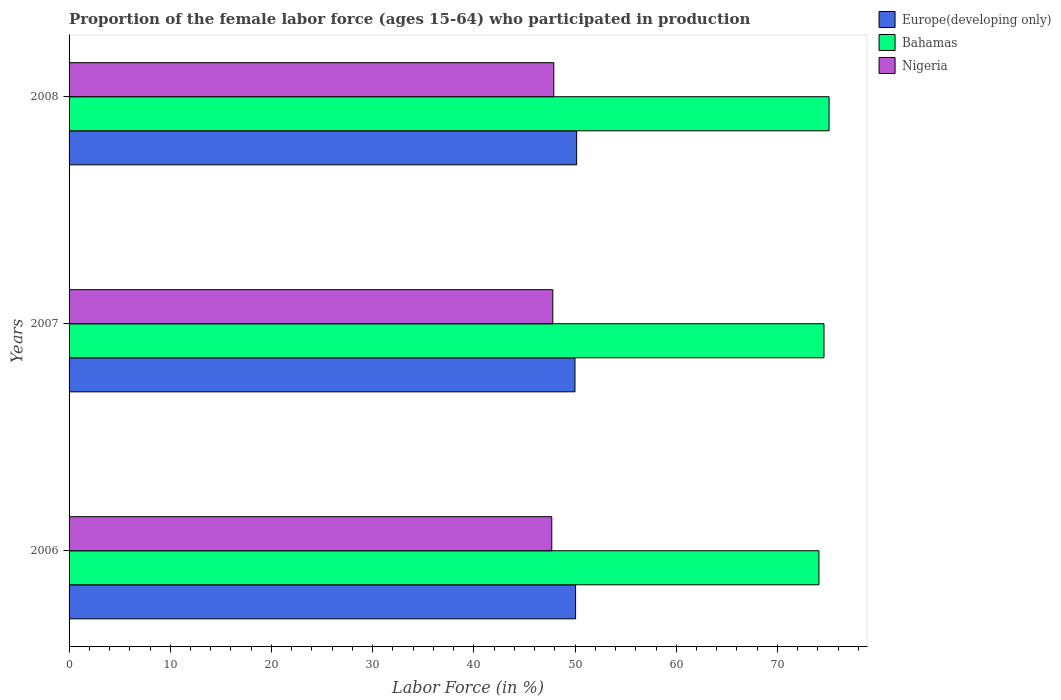
| Years | Europe(developing only) | Bahamas | Nigeria |
 | --- | --- | --- | --- |
 | 2006 | 50.1 | 74.1 | 47.7 |
 | 2007 | 50 | 74.6 | 47.8 |
 | 2008 | 50.2 | 75.1 | 47.9 |